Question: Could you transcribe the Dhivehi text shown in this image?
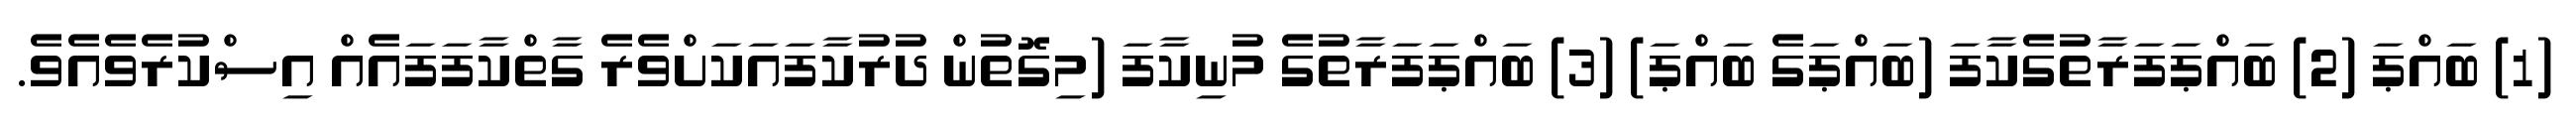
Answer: (1) ބައްޕަ (2) ބައްޕަފަރާތުގެކާފަ (ބައްޕަގެ ބައްޕަ) (3) ބައްޕަފަރާތުގެ މުނިކާފަ (މިގޮތުން ދުރުކާފައަކަށްވެރެ ގާތްކާފަފައެއް އިސްކުރެވެއެވެ.